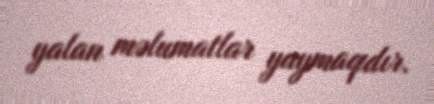
yalan məlumatlar yaymaqdır.